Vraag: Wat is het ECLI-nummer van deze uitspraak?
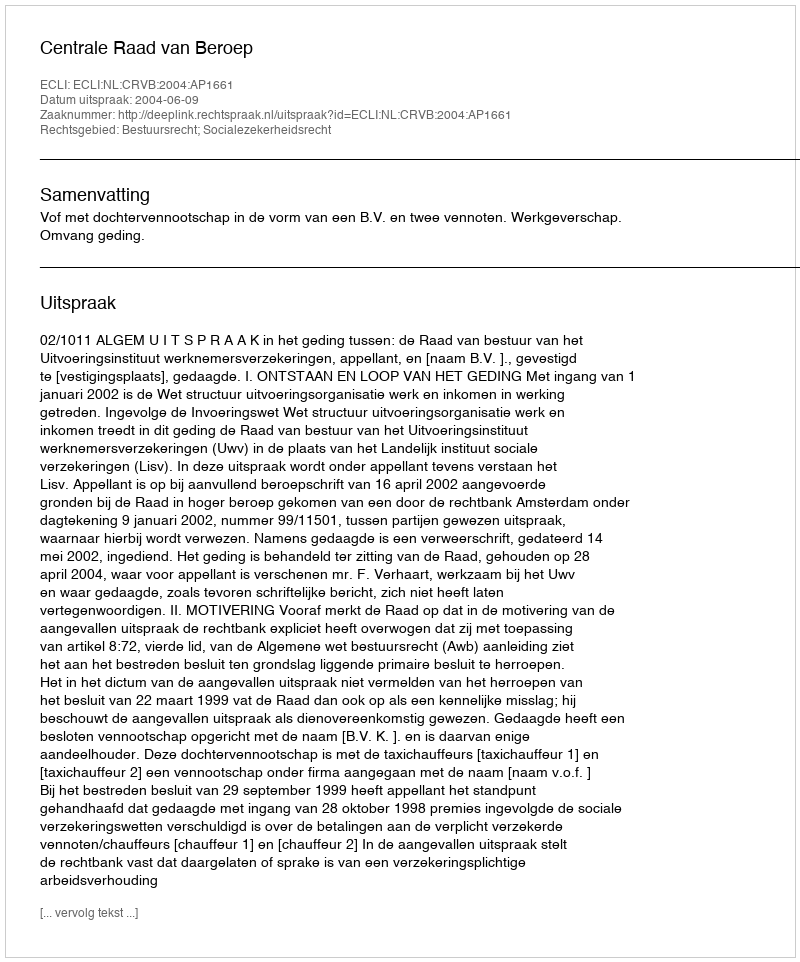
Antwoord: ECLI:NL:CRVB:2004:AP1661